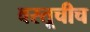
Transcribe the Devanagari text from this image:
वस्तूचीच